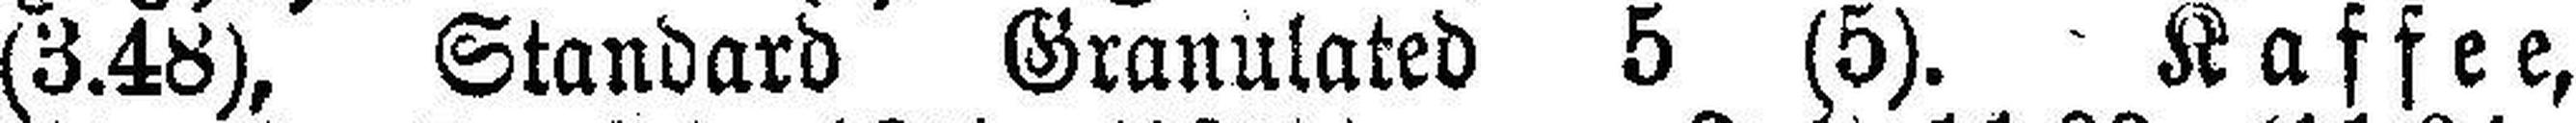
(3.48), Standard Granulated 5 (5). Kaffee,